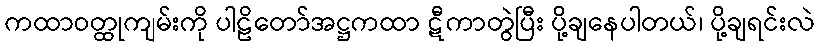
ကထာဝတ္ထုကျမ်းကို ပါဠိတော်အဋ္ဌကထာ ဋီကာတွဲပြီး ပို့ချနေပါတယ်၊ ပို့ချရင်းလဲ